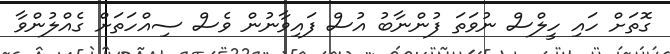
ގޮތަށް ހައި ހީލްސް ނުވަތަ ފުންނާބު އުސް ފައިވާނުން ވެސް ސިއްހަތަށް ގެއްލުންވާ